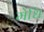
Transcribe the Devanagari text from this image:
मेधि